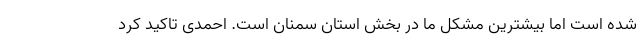
شده است اما بیشترین مشکل ما در بخش استان سمنان است. احمدی تاکید کرد